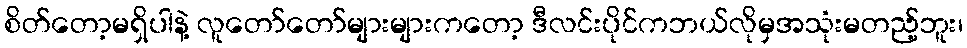
စိတ်တော့မရှိပါနဲ့ လူတော်တော်များများကတော့ ဒီလင်းပိုင်ကဘယ်လိုမှအသုံးမတည့်ဘူး၊